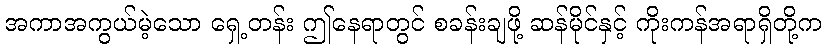
အကာအကွယ်မဲ့သော ရှေ့တန်း ဤနေရာတွင် စခန်းချဖို့ ဆန်မိုင်နှင့် ကိုးကန်အရာရှိတို့က